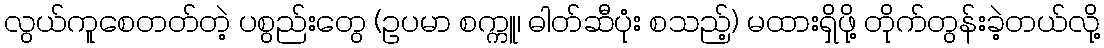
လွယ်ကူစေတတ်တဲ့ ပစွည်းတွေ (ဥပမာ စက္ကူ၊ ဓါတ်ဆီပုံး စသည့်) မထားရှိဖို့ တိုက်တွန်းခဲ့တယ်လို့